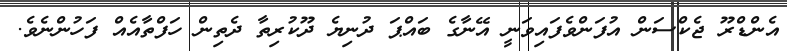
އެންޑްރޫ ޖެކްސަން އުފަންވެފައިވަނީ އޭނާގެ ބައްޕަ ދުނިޔެ ދޫކުރިތާ ދެތިން ހަފްތާއެއް ފަހުންނެވެ.